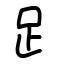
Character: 𧾷